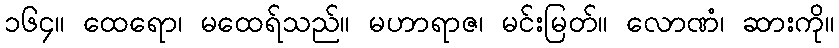
၁၆၄။ ထေရော၊ မထေရ်သည်။ မဟာရာဇ၊ မင်းမြတ်။ လောဏံ၊ ဆားကို။